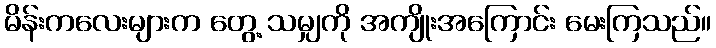
မိန်းကလေးများက တွေ့ သမျှကို အကျိုးအကြောင်း မေးကြသည်။